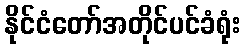
နိုင်ငံတော်အတိုင်ပင်ခံရုံး